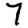
Digit: 7